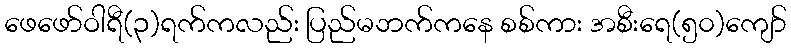
ဖေဖော်ဝါရီ(၃)ရက်ကလည်း ပြည်မဘက်ကနေ စစ်ကား အစီးရေ(၅၀)ကျော်